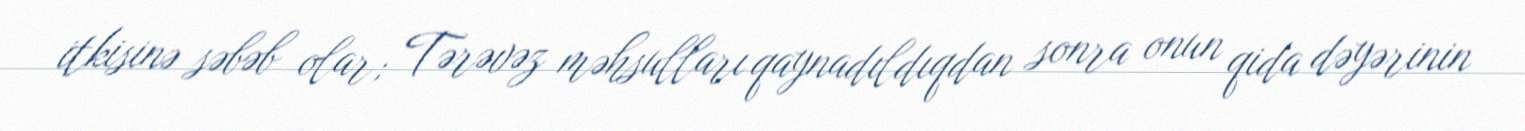
itkisinə səbəb olar; Tərəvəz məhsulları qaynadıldıqdan sonra onun qida dəyərinin